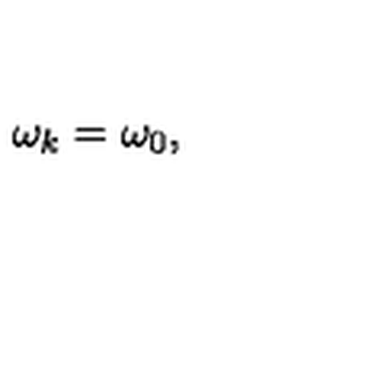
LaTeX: \omega _ { k } = \omega _ { 0 } ,